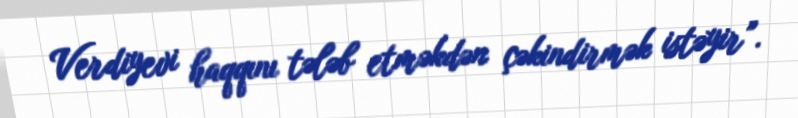
Verdiyevi haqqını tələb etməkdən çəkindirmək istəyir”.